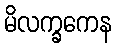
မိလက္ခကေန